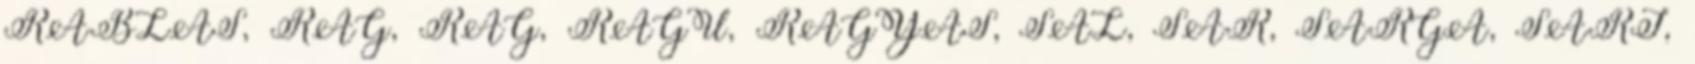
RABLÁS, RAG, RÁG, RAGU, RAGYÁS, SÁL, SÁR, SÁRGA, SÁRI,